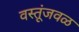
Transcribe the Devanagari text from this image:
वस्तूंजवळ